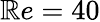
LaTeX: \mathbb{R}e=40